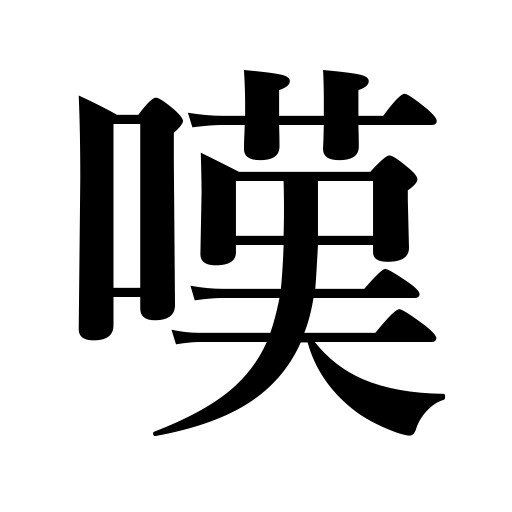
Meanings: sorrow,grieve,deplorable,regret,moan,sad,sigh,deplore,wretched,lament